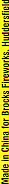
Made in China for Brocks Fireworks HUddcrsfield